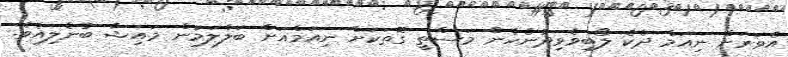
އެވަރަށް ނިއަމް ދެކެ ލޯބިވެވިދާނެހެން މަސްތީ ގޮތަކަށް ނިއަމްއަށް ބަލާލަމުން މައިޝާ ބުނެލިއެވެ.